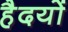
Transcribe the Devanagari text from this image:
हैदयों